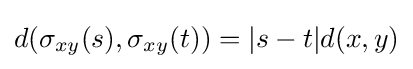
d(\sigma _{xy}(s),\sigma _{xy}(t))=\vert s-t\vert d(x,y)